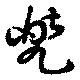
兜